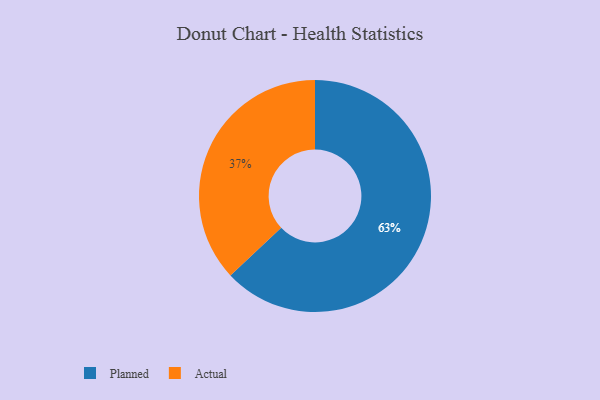
{"axis": {"x": "Category", "y": "Percentage"}, "legend": ["Actual", "Planned"], "data": [{"x": "Actual", "y": 37, "type": "Actual"}, {"x": "Planned", "y": 63, "type": "Planned"}]}